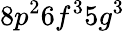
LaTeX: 8p^{2}6f^{3}5g^{3}